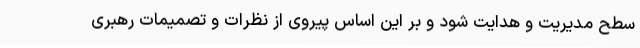
سطح مدیریت و هدایت شود و بر این اساس پیروی از نظرات و تصمیمات رهبری